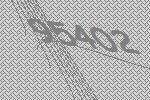
95402